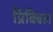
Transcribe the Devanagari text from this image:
प्रिक्विल